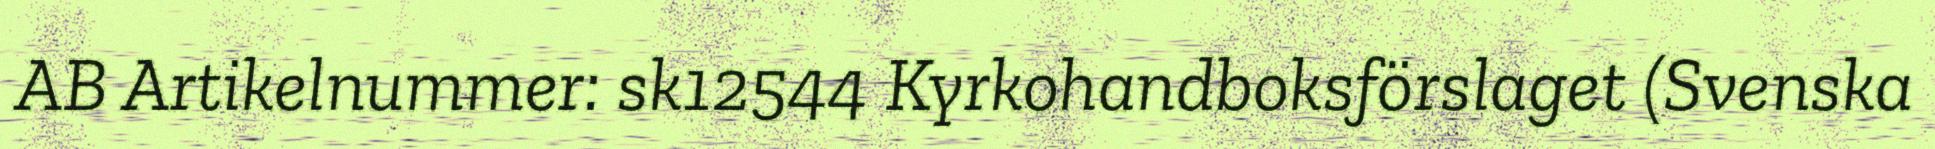
AB Artikelnummer: sk12544 Kyrkohandboksförslaget (Svenska